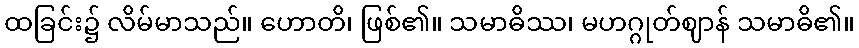
ထခြင်း၌ လိမ်မာသည်။ ဟောတိ၊ ဖြစ်၏။ သမာဓိဿ၊ မဟဂ္ဂုတ်ဈာန် သမာဓိ၏။